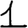
Digit: 1